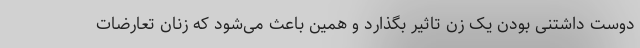
دوست داشتنی بودن یک زن تاثیر بگذارد و همین باعث می‌شود که زنان تعارضات